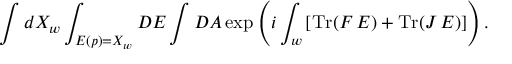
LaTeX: \int d X _ { w } \int _ { E ( p ) = X _ { w } } { \cal D } E \int { \cal D } A \exp \left( i \int _ { w } \left[ \mathrm { T r } ( F \, E ) + \mathrm { T r } ( J \, E ) \right] \right) .